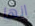
انها